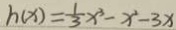
h _ { ( x ) } = \frac { 1 } { 3 } x ^ { 3 } - x ^ { 2 } - 3 x